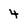
Character: 4